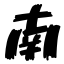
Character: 南